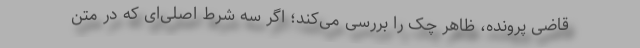
قاضی پرونده، ظاهر چک را بررسی می‌کند؛ اگر سه شرط اصلی‌ای که در متن